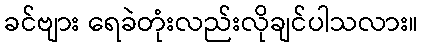
ခင်ဗျား ရေခဲတုံးလည်းလိုချင်ပါသလား။